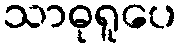
သာဓုရူပေ